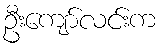
ဦးကျော်လင်းက